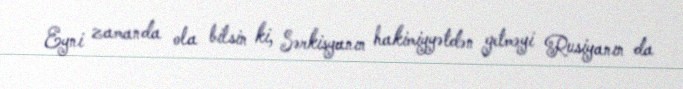
Eyni zamanda ola bilsin ki, Sərkisyanın hakimiyyətdən getməyi Rusiyanın da